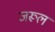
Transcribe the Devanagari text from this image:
जरूल